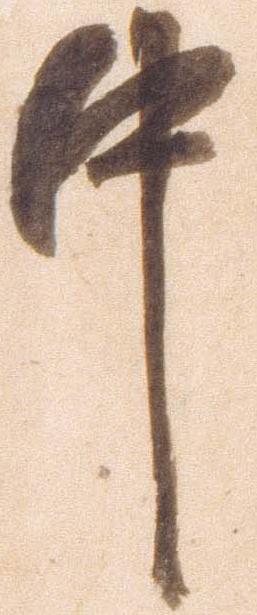
中